Senior Leaving Certificate Examination (including Day School Certificate (Higher) General paper), 1949
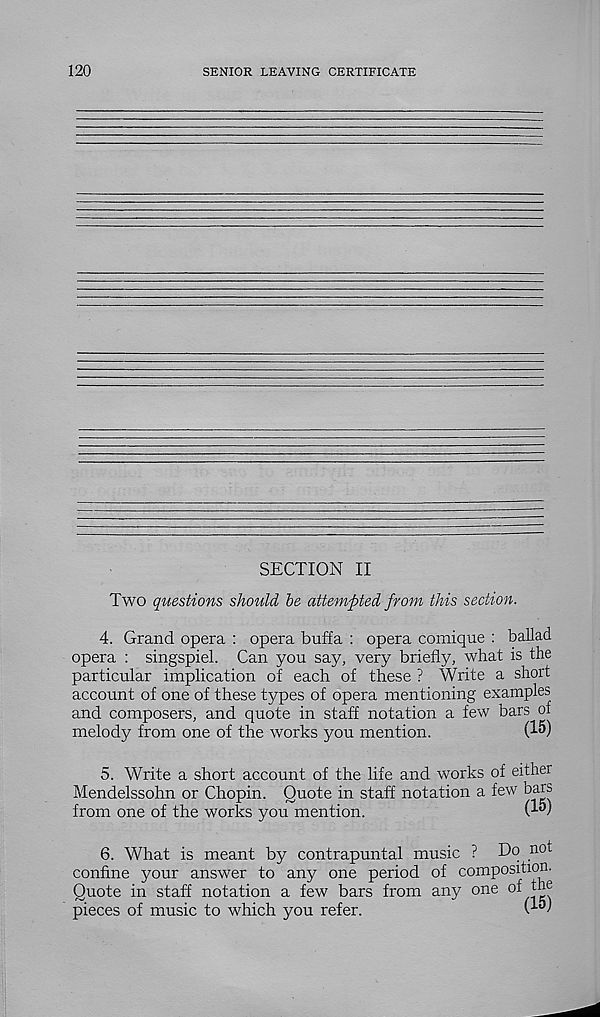
120
SENIOR LEAVING CERTIFICATE
SECTION II
Two questions should he attempted from this section.
4. Grand opera : opera buffa : opera comique : ballad
opera : singspiel. Can you say, very briefly, what is the
particular implication of each of these ? Write a short
account of one of these types of opera mentioning examples
and composers, and quote in staff notation a few bars of
melody from one of the works you mention.
(^)
5. Write a short account of the life and works of either
Mendelssohn or Chopin. Quote in staff notation a few bars
from one of the works you mention.
Q'd
6. What is meant by contrapuntal music ? Dp not
confine your answer to any one period of composition.
Quote in staff notation a few bars from any one °f
pieces of music to which you refer.